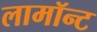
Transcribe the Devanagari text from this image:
लामॉन्ट